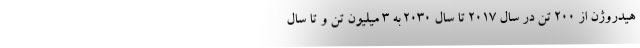
هیدروژن از 200 تن در سال 2017 تا سال 2030 به 3 میلیون تن و تا سال